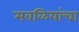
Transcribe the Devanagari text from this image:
मवळियांचा